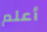
أعلم